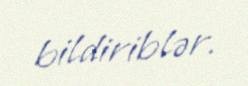
bildiriblər.